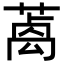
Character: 𦺃